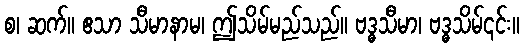
စ၊ ဆက်။ ဧသာ သီမာနာမ၊ ဤသိမ်မည်သည်။ ဗဒ္ဓသီမာ၊ ဗဒ္ဓသိမ်၎င်း။